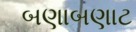
બણાબણાટ